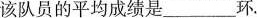
该队员的平均成绩是___环.